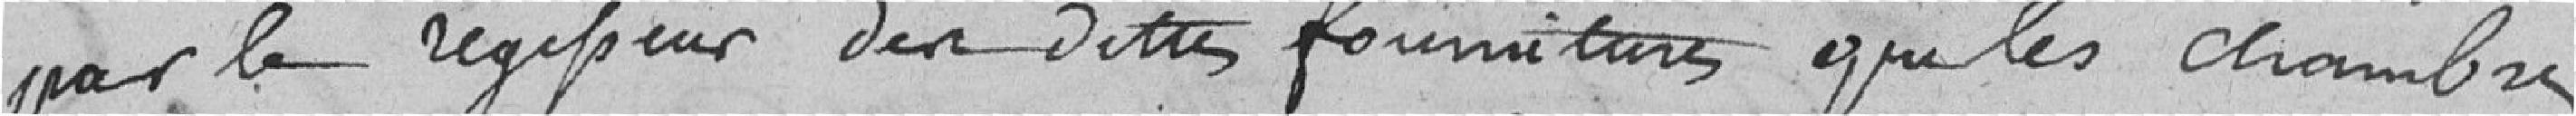
par le régisseur des dites fournitures, que les chambres